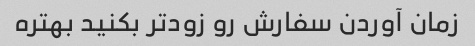
زمان آوردن سفارش رو زود‌تر بکنید بهتره